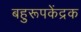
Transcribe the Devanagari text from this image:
बहुरूपकेंद्रक